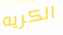
الكريه